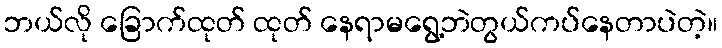
ဘယ်လို ခြောက်ထုတ် ထုတ် နေရာမရွေ့ဘဲတွယ်ကပ်နေတာပဲတဲ့။